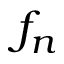
f _ { n }